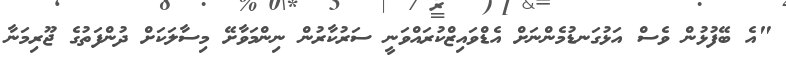
"އެ ބޭފުޅުން ވެސް އަޅުގަނޑުމެންނަށް އެޑްވައިޒްކުރައްވަނީ ސަރުކާރުން ނިންމަވާށޭ މިސާލަކަށް ދުންފަތުގެ ޖޫރިމަނާ